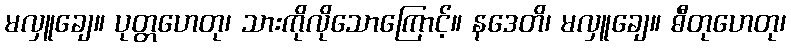
မလှူချေ။ ပုတ္တဟေတု၊ သားကိုလိုသောကြောင့်။ နဒေတိ၊ မလှူချေ။ ဓီတုဟေတု၊